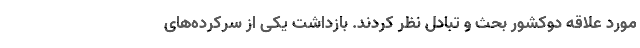
مورد علاقه دوکشور بحث و تبادل نظر کردند. بازداشت یکی از سرکرده‌های